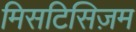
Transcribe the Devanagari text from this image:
मिसटिसिज़म